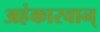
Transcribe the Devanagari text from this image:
अहंकारवान्